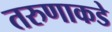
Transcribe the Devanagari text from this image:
तरुणाकडे